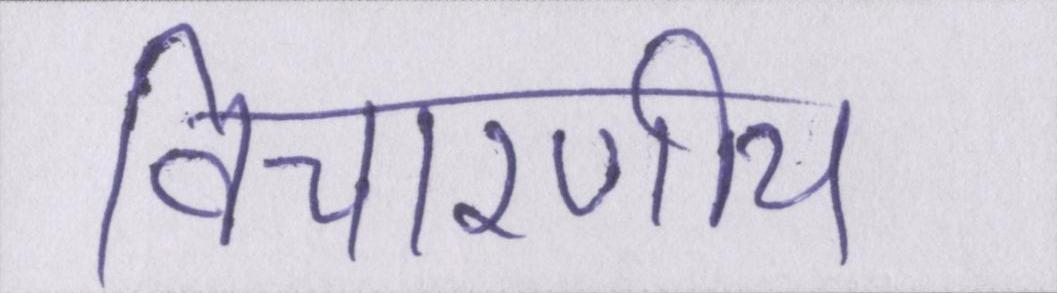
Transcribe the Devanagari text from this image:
विचारणीय